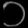
Digit: ၁